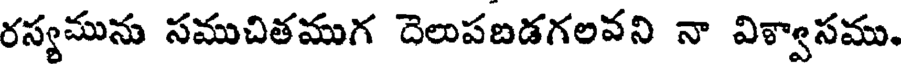
రస్యమును సముచితముగ దెలుపబడగలవని నా విశ్వాసము.